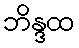
ဘိန္ဒထ